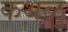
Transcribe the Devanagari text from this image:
कथळु